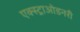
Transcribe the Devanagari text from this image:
एक्स्ट्राओडनरी